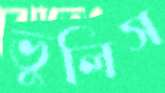
ভুলিস